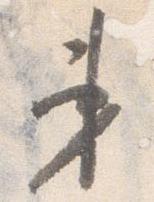
第